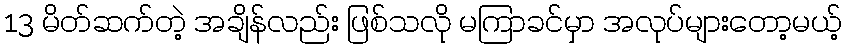
13 မိတ်ဆက်တဲ့ အချိန်လည်း ဖြစ်သလို မကြာခင်မှာ အလုပ်များတော့မယ့်